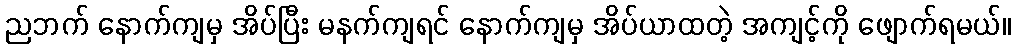
ညဘက် နောက်ကျမှ အိပ်ပြီး မနက်ကျရင် နောက်ကျမှ အိပ်ယာထတဲ့ အကျင့်ကို ဖျောက်ရမယ်။